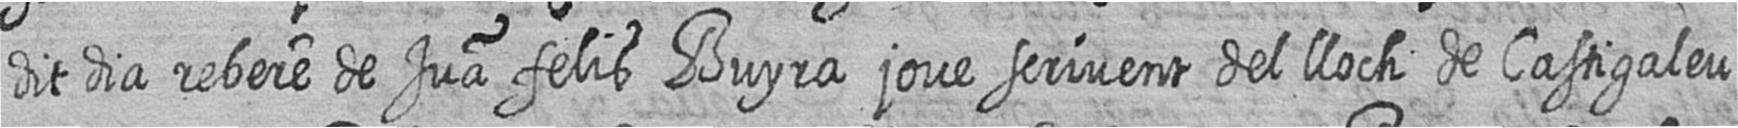
dit dia rebere de Jua felis Buyra jove scrivent del lloch de Castigaleu